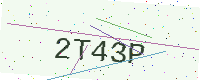
Text: 2T43P